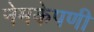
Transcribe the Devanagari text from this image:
नेमकेपणी